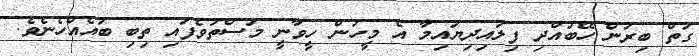
ގަތް ބިރުން ހޭބުއްދި ފިލައިދިޔައިމާ އެ މީހުން ހީވާނީ މަސްތުވެފައި ތިބި ބައެއްހެނެވެ.